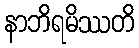
နာဘိရမိဿတိ